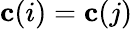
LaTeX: \mathbf{c}(i)=\mathbf{c}(j)